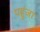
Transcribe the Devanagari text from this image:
पहुंजा